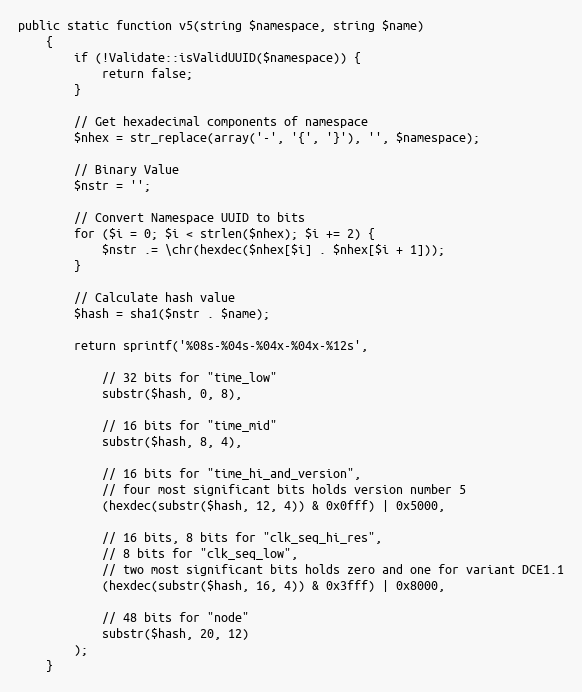
Language: PHP
public static function v5(string $namespace, string $name)
    {
        if (!Validate::isValidUUID($namespace)) {
            return false;
        }

        // Get hexadecimal components of namespace
        $nhex = str_replace(array('-', '{', '}'), '', $namespace);

        // Binary Value
        $nstr = '';

        // Convert Namespace UUID to bits
        for ($i = 0; $i < strlen($nhex); $i += 2) {
            $nstr .= \chr(hexdec($nhex[$i] . $nhex[$i + 1]));
        }

        // Calculate hash value
        $hash = sha1($nstr . $name);

        return sprintf('%08s-%04s-%04x-%04x-%12s',

            // 32 bits for "time_low"
            substr($hash, 0, 8),

            // 16 bits for "time_mid"
            substr($hash, 8, 4),

            // 16 bits for "time_hi_and_version",
            // four most significant bits holds version number 5
            (hexdec(substr($hash, 12, 4)) & 0x0fff) | 0x5000,

            // 16 bits, 8 bits for "clk_seq_hi_res",
            // 8 bits for "clk_seq_low",
            // two most significant bits holds zero and one for variant DCE1.1
            (hexdec(substr($hash, 16, 4)) & 0x3fff) | 0x8000,

            // 48 bits for "node"
            substr($hash, 20, 12)
        );
    }